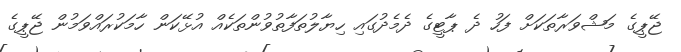
ޖޭޕީގެ މަޝްވަރާތަކަށް ފަހު ދެ ޕާޓީގެ ދެމެދުގައި ހިޔާލުތަފާތުވުންތަކެއް އުޅޭކަން ހާމަކުރައްވަމުން ޖޭޕީގެ